Report on vaccination in Madras 1922-1929 - 1922-1929
Year: 1922
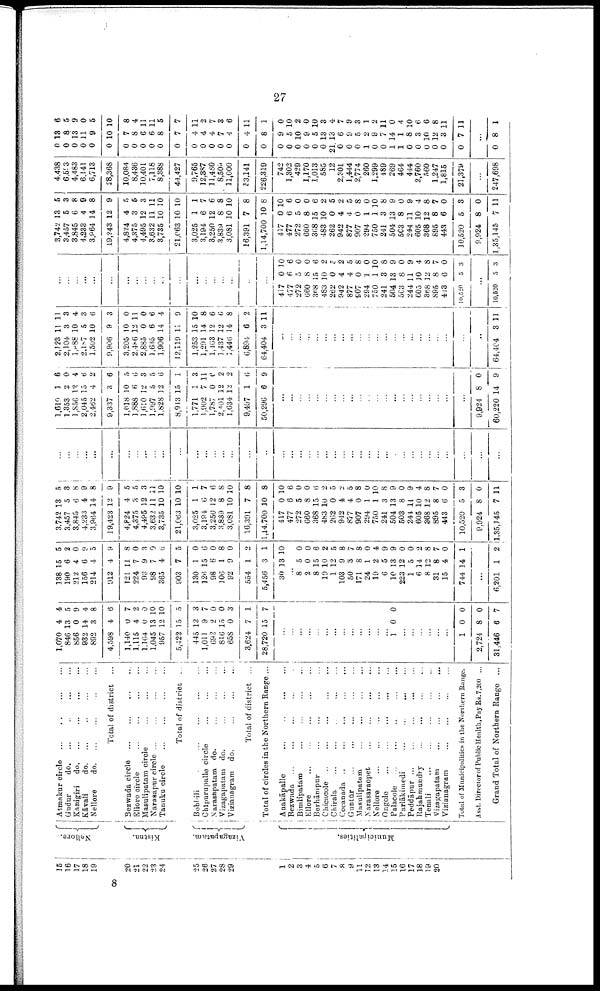
27
15
16
17
18
19
20
21
22
23
24
25
26
27
28
29
1
2
3
4
5
6
7
8
9
11
12
13
14
15
16
17
18
19
20
Nellore.
Kistna.
Vizagapatam.
Municipalities.
Atmakur circle
...
...
...
...
Gudur
do. ...
...
...
...
Kanigiri
do. ... ... ... ...
Kāvali
do. ... ... ... ...
Nellore
d
o
. ... ... ... ...
Total of district ...
Bezwada circle
...
...
...
...
Ellore circle
...
...
...
...
Masulipatam circle
...
...
...
Narasapur circle
...
...
...
...
Tanuku circle
...
...
...
...
Total of district ...
Bobbili
...
...
...
...
...
Chīpurupalle circle ... ... ...
Narasapatam do. ... ... ...
Vizagapatam do. ... ... ...
Vizianagram do.
...
...
...
Total of district ...
Total of circles in the Northern Range ...
Anakāpalle
...
...
...
...
Bezwada ... ... ... ... ...
Bimlipatam
...
...
...
...
Ellore
...
...
...
...
...
Berhāmpur ... ... ... ...
Chicacole ... ... ... ...
Chirala
...
...
...
...
...
Cocanada
...
...
...
...
...
Guntūr
...
...
...
...
...
Masulipatam ... ... ... ...
Narasaraopet
...
...
...
...
Nellore ... ... ... ... ...
Ongole ... ... ... ... ...
Palacole
...
...
...
...
...
Parlākimedi
...
...
...
...
Peddāpur
...
...
...
...
...
Rajahmundry
...
...
...
...
Tenali
... ... ... ...
Vizagapatam
...
...
...
...
Vizianagram ... ... ... ...
Total of Municipalities in the Northern Range.
Asst. Director of Public Health, Pay Rs. 7,200 ...
Grand Total of Northern Range ...
1,070
846
856
932
892
4,598
1,140
1,115
1,164
1,045
957
5,422
445
1,011
692
816
658
3,624
28,720
4
13
0
14
3
4
0
4
0
13
12
15
12
9
2
15
0
7
15
4
5
9
4
8
6
7
2
0
10
10
5
3
7
0
0
3
1
7
...
...
...
...
...
...
...
...
...
...
...
...
...
1
0 0
...
...
...
...
...
...
1
2,724
31,446
0
8
6
0
0
7
138
190
212
156
214
912
121
224
93
98
365
903
130
126
98
106
92
554
5,456
30
15
6
4
6
4
4
11
7
9
7
4
7
1
15
6
1
9
1
3
13
5
2
0
9
5
9
8
0
3
0
6
5
0
6
0
8
0
2
1
10
...
8
2
8
19
1
103
50
171
24
19
6
10
223
1
6
8
31
15
744
5
0
15
10
12
9
3
8
1
2
5
13
12
5
14
12
8
4
14
0
0
6
2
5
8
7
8
0
4
9
9
0
0
2
8
7
0
1
...
6,201 1 2
3,742
3,457
3,845
4,233
3,964
19,423
4,824
4,375
4,495
3,632
3,735
21,063
3,025
3,194
3,250
3,839
3,081
16,391
1,14,700
417
477
272
660
368
483
262
942
877
907
294
750
241
504
503
244
605
368
895
443
10,520
9,924
1,35,145
13
5
6
4
14
12
4
3
12
11
10
10
1
6
12
8
10
7
10
0
6
5
8
15
10
0
4
4
0
1
1
3
13
8
11
10
12
8
6
5
8
7
5
3
8
9
8
9
5
5
3
11
10
10
1
7
6
8
10
8
8
10
6
0
0
6
2
5
2
5
8
0
10
8
9
0
9
4
8
7
0
3
0
11
...
...
...
...
...
...
...
...
...
...
...
...
...
...
...
...
...
...
...
...
...
...
...
...
...
...
...
...
...
...
...
...
...
...
...
...
...
...
...
...
...
...
1,619
1,353
1,856
2,045
2,462
9,337
1,618
1,888
1,610
1,097
1,828
8,913
1,771
1,902
1,787
2,401
1,634
9,497
50,296
1
2
12
15
4
3
10
6
12
5
12
15
1
7
0
12
12
1
6
6
0
4
6
2
6
5
6
3
5
6
1
3
11
6 2
2
6
9
...
...
...
...
...
...
...
...
...
...
...
...
...
...
...
...
...
...
...
...
...
9,924
60,220
8
14
0
9
2,123
2,104
1,888
2,187
1,502
9,906
3,205
2,486
2,885
1,635
1,906
12,119
1,253
1,291
1,463
1,437
1,446
6,894
64,404
11
3
10
5
10
9
10
12
0
6
14
11
15
14
12
12
14
6
3
11
3
4
3
6
3
0
11
0
6
4
9
10
8
6
6
8
2
11
...
...
...
...
...
...
...
...
...
...
...
...
...
...
...
...
...
...
...
...
...
...
64,404 3 11
...
...
...
...
...
...
...
...
...
...
...
...
...
...
...
...
...
...
...
417
477
272
660
368
483
262
942
877
907
294
750
241
504
503
244
605
368
895
443
l0,520
0
6
5
8
15
10
0
4
4
0
1
1
3
13
8
11
10
12
8
6
5
10
6
0
0
6
2
5
2
5
8
0
10
8
9
0
9
4
8
7
0
3
...
10,520 5 3
3,742
3,457
3,845
4,233
3,964
19,243
4,824
4,375
4,495
3,632
3,735
21,063
3,025
3,194
3,250
3,839
3,081
16,391
1,14,700
417
477
272
660
368
483
262
942
877
907
294
750
241
504
503
244
605
368
895
443
10,520
9,924
1,35,145
13
5
6
4
14
12
4
3
12
11
10
10
1
6
12
8
10
7
10
0
6
5
8
15
10
0
4
4
0
1
1
3
13
8
11
10
12
8
6
5
8
7
5
3
8
9
8
9
5
5
3
11
10
10
1
7
6
8
10
8
8
10
6
0
0
6
2
5
2
5
8
0
10
8
9
0
9
4
8
7
0
3
0
11
4,438
6,693
4,483
6,141
6,713
28,368
10,084
8,436
10,401
7,118
8,388
44,427
9,765
12,387
11,480
8,509
11,000
53,141
226,319
742
1,302
429
1,170
1,013
585
12
2,301
1 444
2,774
260
1,299
489
269
464
444
2,760
560
1,247
1,815
21,379
...
247,698
0
0
0
0
0
0
0
0
0
0
0
0
0
0
0
0
0
0
0
0
0
0
0
0
0
21
0
0
0
1
0
0
1
1
0
0
0
0
0
0
13
8
13
11
9
10
7
8
6
6
8
7
4
4
4
7
4
4
8
9
5
10
9
5
13
13
6
9
5
2
9
7
14
1
8
3
10
12
3
7
6
5
9
0
5
10
8
4
11
11
5
7
11
2
7
3
6
11
1
0
10
2
0
10
3
4
7
9
3
1
2
11
0
4
10
6
6
8
11
11
...
0 8 1
8